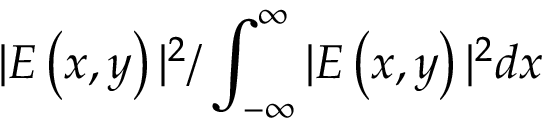
\vert E \left( x , y \right) \vert ^ { 2 } / \int _ { - \infty } ^ { \infty } \vert E \left( x , y \right) \vert ^ { 2 } d x